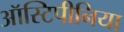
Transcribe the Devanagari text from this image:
ऑस्टिपीनिया